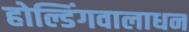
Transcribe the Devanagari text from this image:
होल्डिंगवालाधन